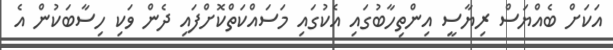
އަކަށް ބެއްޔަސް ރިޔާސީ އިންތިހާބުގައި އެކުގައި މަސައްކަތްކޮށްފައި ދެން ވަކި ހިސާބަކުން އެ